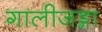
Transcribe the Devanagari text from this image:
गालीजङ्गा